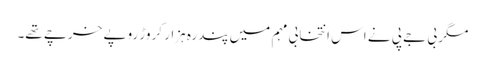
مگر بی جے پی نے اس انتخابی مہم میں پندرہ ہزار کروڑ روپے خرچے تھے۔